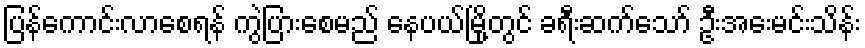
ပြန်ကောင်းလာစေရန် ကွဲပြားစေမည် နေပယ်မြို့တွင် ခရီးဆက်သော် ဦးအေးမင်းသိန်း